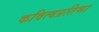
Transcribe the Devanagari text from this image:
कवित्वप्रतिभा